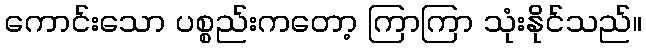
ကောင်းသော ပစ္စည်းကတော့ ကြာကြာ သုံးနိုင်သည်။